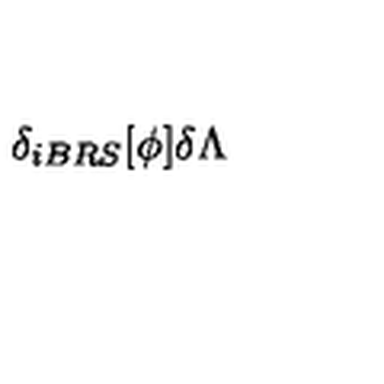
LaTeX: \delta _ { i B R S } [ \phi ] \delta \Lambda \protect